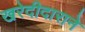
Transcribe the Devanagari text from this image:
खरेदीदाराने